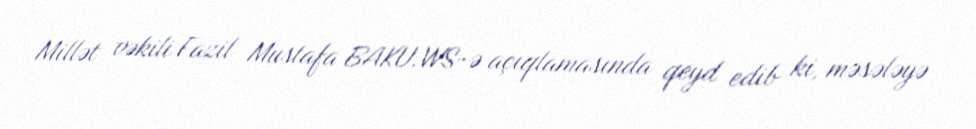
Millət vəkili Fazil Mustafa BAKU.WS-ə açıqlamasında qeyd edib ki, məsələyə